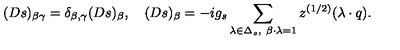
( D s ) _ { \beta \gamma } = \delta _ { \beta , \gamma } ( D s ) _ { \beta } , \quad ( D s ) _ { \beta } = - i g _ { s } \sum _ { \lambda \in \Delta _ { s } , \ \beta \cdot \lambda = 1 } z ^ { ( 1 / 2 ) } ( \lambda \cdot q ) .